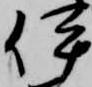
伊